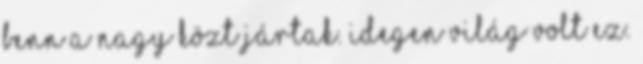
benn a nagy közt jártak. Idegen világ volt ez.